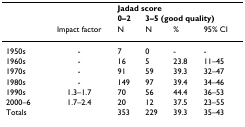
<table><thead><tr><td></td><td></td><td colspan="4"><b>Jadad score</b></td></tr><tr><td></td><td></td><td><b>0–2</b></td><td colspan="3"><b>3–5 (good quality)</b></td></tr><tr><td></td><td><b>Impact factor</b></td><td><b>N</b></td><td><b>N</b></td><td><b>%</b></td><td><b>95% CI</b></td></tr></thead><tbody><tr><td>1950s</td><td>-</td><td>7</td><td>0</td><td>-</td><td>-</td></tr><tr><td>1960s</td><td>-</td><td>16</td><td>5</td><td>23.8</td><td>11–45</td></tr><tr><td>1970s</td><td>-</td><td>91</td><td>59</td><td>39.3</td><td>32–47</td></tr><tr><td>1980s</td><td>-</td><td>149</td><td>97</td><td>39.4</td><td>34–46</td></tr><tr><td>1990s</td><td>1.3–1.7</td><td>70</td><td>56</td><td>44.4</td><td>36–53</td></tr><tr><td>2000–6</td><td>1.7–2.4</td><td>20</td><td>12</td><td>37.5</td><td>23–55</td></tr><tr><td>Totals</td><td></td><td>353</td><td>229</td><td>39.3</td><td>35–43</td></tr></tbody></table>